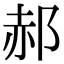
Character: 郝